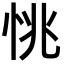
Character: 恌